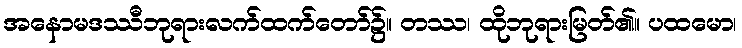
အနောမဒဿီဘုရားလက်ထက်တော်၌။ တဿ၊ ထိုဘုရားမြတ်၏။ ပထမော၊